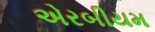
એરબીયમ